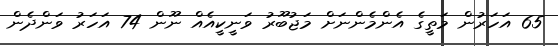
65 އަހަރުން މަތީގެ އެންމެންނަށް މަޖުބޫރު ވަނީކީއެއް ނޫން 74 އަހަރު ވަންދެން